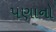
પણાનો